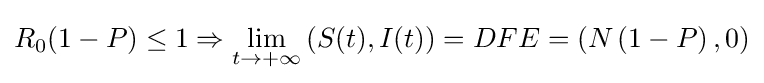
R_{0}(1-P)\leq 1\Rightarrow \lim _{t\to +\infty }\left(S(t),I(t)\right)=DFE=\left(N\left(1-P\right),0\right)